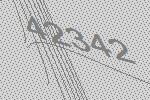
42342